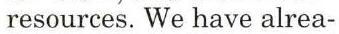
resources. We have alrea-